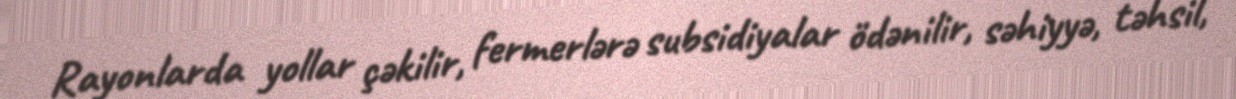
Rayonlarda yollar çəkilir, fermerlərə subsidiyalar ödənilir, səhiyyə, təhsil,